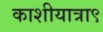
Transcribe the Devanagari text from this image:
काशीयात्रा९